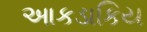
આકડાકિય